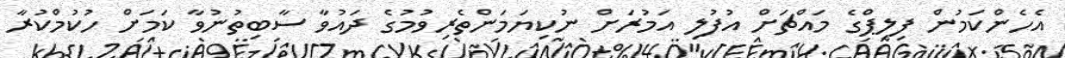
އެހެންކަމުން ފިލިޕްގެ މައްޗަށް އުފުލި އަމުރަށް ނުކިޔަމަންތެރިވުމުގެ ދައުވާ ސާބިތުނުވާ ކަމަށް ހުކުމްކުރާ